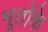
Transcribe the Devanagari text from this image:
भूतोंके